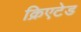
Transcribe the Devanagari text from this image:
क्रिएटेड